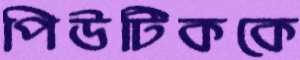
পিউটিককে